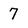
Character: 7